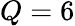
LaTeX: Q=6